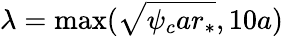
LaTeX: \lambda=\operatorname*{max}(\sqrt{\psi_{c}ar_{*}},10a)